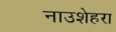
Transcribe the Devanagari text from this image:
नाउशेहरा